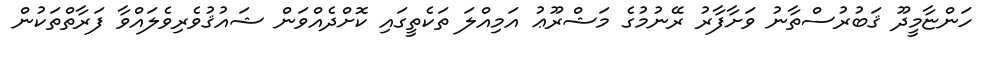
ހަންޏާމީދޫ ޤަބުރުސްތާނު ވަށާފާރު ރޭނުމުގެ މަޝްރޫޢު އަމިއްލަ ތަކެތީގައި ކޮށްދެއްވަން ޝައުޤުވެރިވެލައްވާ ފަރާތްތަކުން